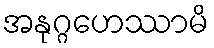
အနုဂ္ဂဟေဿာမိ